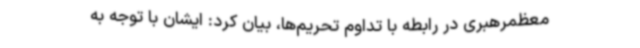
معظمرهبری در رابطه با تداوم تحریم‌ها، بیان کرد: ایشان با توجه به